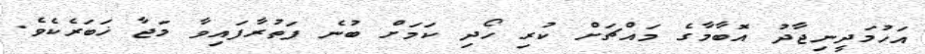
އަހުމަދީނިޖާދު އޮބާމާގެ މައްޗަށް ކުރި ހޯދި ކަމަށް ބުނެ ފަތުރާފައިވާ މަޖާ ޚަބަރެކެވެ.